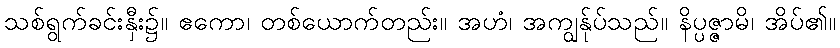
သစ်ရွက်ခင်းနှီး၌။ ဧကော၊ တစ်ယောက်တည်း။ အဟံ၊ အကျွန်ုပ်သည်။ နိပ္ပဇ္ဇာမိ၊ အိပ်၏။